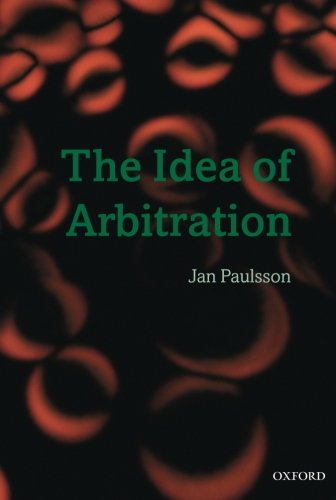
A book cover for The Idea of Arbitration (Clarendon Law Series); Jan Paulsson; Law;